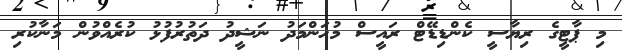
މި ޕާޓީގެ ރިޔާސީ ކެންޑިޑޭޓް ރައީސް މުޙަންމަދު ނަޝީދު ދަތުރުފުޅު ކުރެއްވުން މަނާކުރި